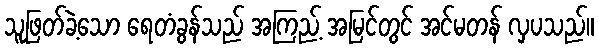
သူဖြတ်ခဲ့သော ရေတံခွန်သည် အကြည့် အမြင်တွင် အင်မတန် လှပသည်။